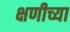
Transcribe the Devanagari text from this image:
क्षणीच्या